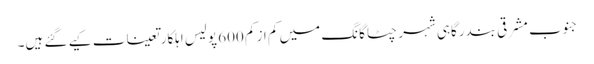
جنوب مشرقی بندرگاہی شہر چٹاگانگ میں کم از کم 600 پولیس اہلکار تعینات کیے گئے ہیں۔